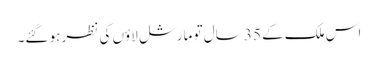
اس ملک کے 35 سال تو مارشل لاؤں کی نظر ہو گئے۔